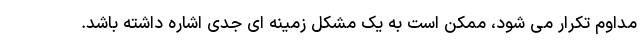
مداوم تکرار می شود، ممکن است به یک مشکل زمینه ای جدی اشاره داشته باشد.